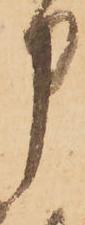
申